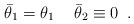
LaTeX: \begin{align*}\bar \theta _1 = \theta _1 \,\,\,\,\,\,\, \bar \theta _2\equiv 0 \,\,\, .\end{align*}